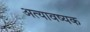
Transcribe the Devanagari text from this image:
अत्यावष्यक